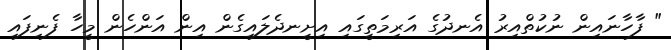
" ފާހާނައިން ނުކުތްއިރު އެނދުގެ އަރިމަތީގައި އިށީނދެލައިގެން އިން އަންހެން މީހާ ފެނިފައި